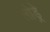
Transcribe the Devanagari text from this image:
लोड्रे